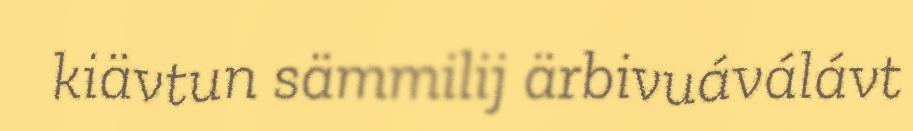
kiävtun sämmilij ärbivuáválávt